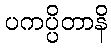
ပကပ္ပိတာနိ